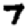
Digit: 7